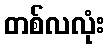
တစ်လလုံး